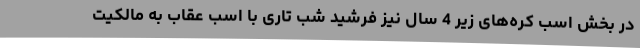
در بخش اسب کره‌های زیر 4 سال نیز فرشید شب تاری با اسب عقاب به مالکیت